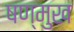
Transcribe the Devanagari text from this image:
षण्मुख